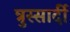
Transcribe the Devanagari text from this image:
त्रुस्सार्दी